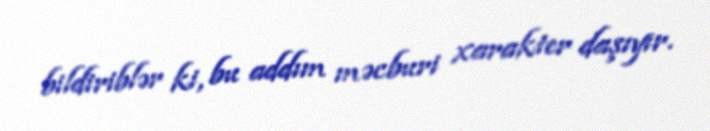
bildiriblər ki, bu addım məcburi xarakter daşıyır.